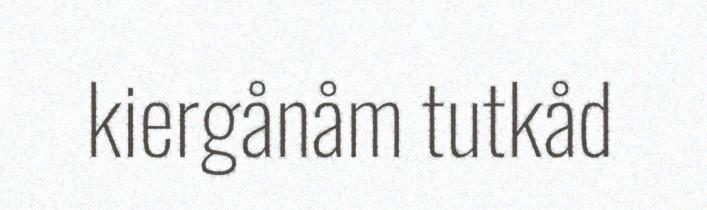
kiergånåm tutkåd